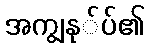
အကျွနု်ပ်၏